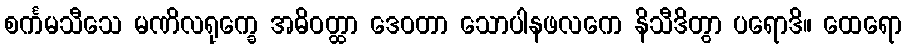
စင်္ကမသီသေ မဏိလရုက္ခေ အဓိဝတ္ထာ ဒေဝတာ သောပါနဖလကေ နိသီဒိတွာ ပရောဒိ။ ထေရော